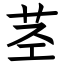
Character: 茎